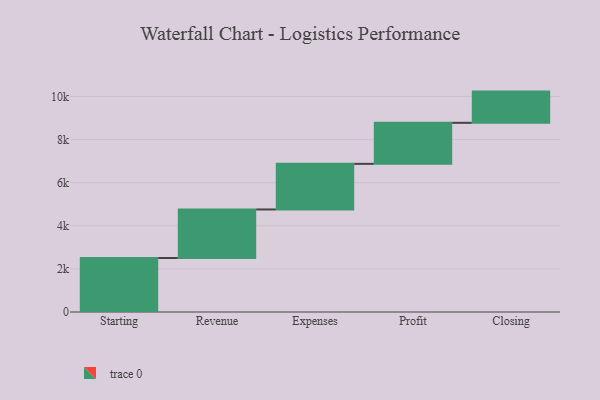
{"axis": {"x": "Step", "y": "Value"}, "legend": [""], "data": [{"x": "Starting", "y": 2506.0, "type": ""}, {"x": "Revenue", "y": 2251.0, "type": ""}, {"x": "Expenses", "y": 2116.0, "type": ""}, {"x": "Profit", "y": 1904.0, "type": ""}, {"x": "Closing", "y": 1448.0, "type": ""}]}